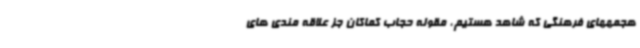
هجمههای فرهنگی که شاهد هستیم، مقوله حجاب کماکان جز علاقه مندی های